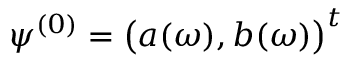
\boldsymbol { \psi } ^ { ( 0 ) } = \bigl ( a ( \omega ) , b ( \omega ) \bigr ) ^ { t }